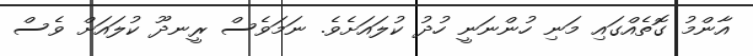
އާންމު ގޮތެއްގައި މަނި ހުންނަނީ ހުދު ކުލައަށެވެ. ނަމަވެސް ރީނދޫ ކުލައަށް ވެސް